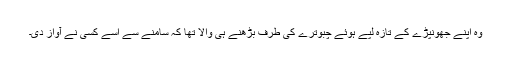
وہ اپنے جھونپڑے کے تازہ لپے ہُوئے چبوترے کی طرف بڑھنے ہی والا تھا کہ سامنے سے اُسے کسی نے آواز دی۔